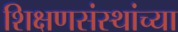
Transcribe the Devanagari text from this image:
शिक्षणसंस्थांच्या